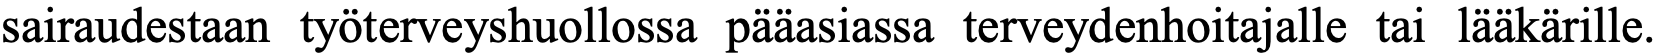
sairaudestaan työterveyshuollossa pääasiassa terveydenhoitajalle tai lääkärille.